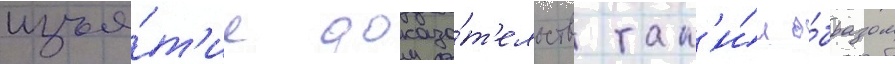
изъя́т'ие доказа́т'ельств так'и́м о́бразом